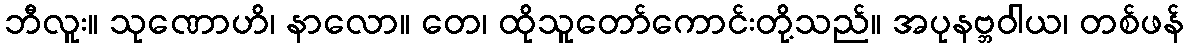
ဘီလူး။ သုဏောဟိ၊ နာလော။ တေ၊ ထိုသူတော်ကောင်းတို့သည်။ အပုနဗ္ဘဝါယ၊ တစ်ဖန်